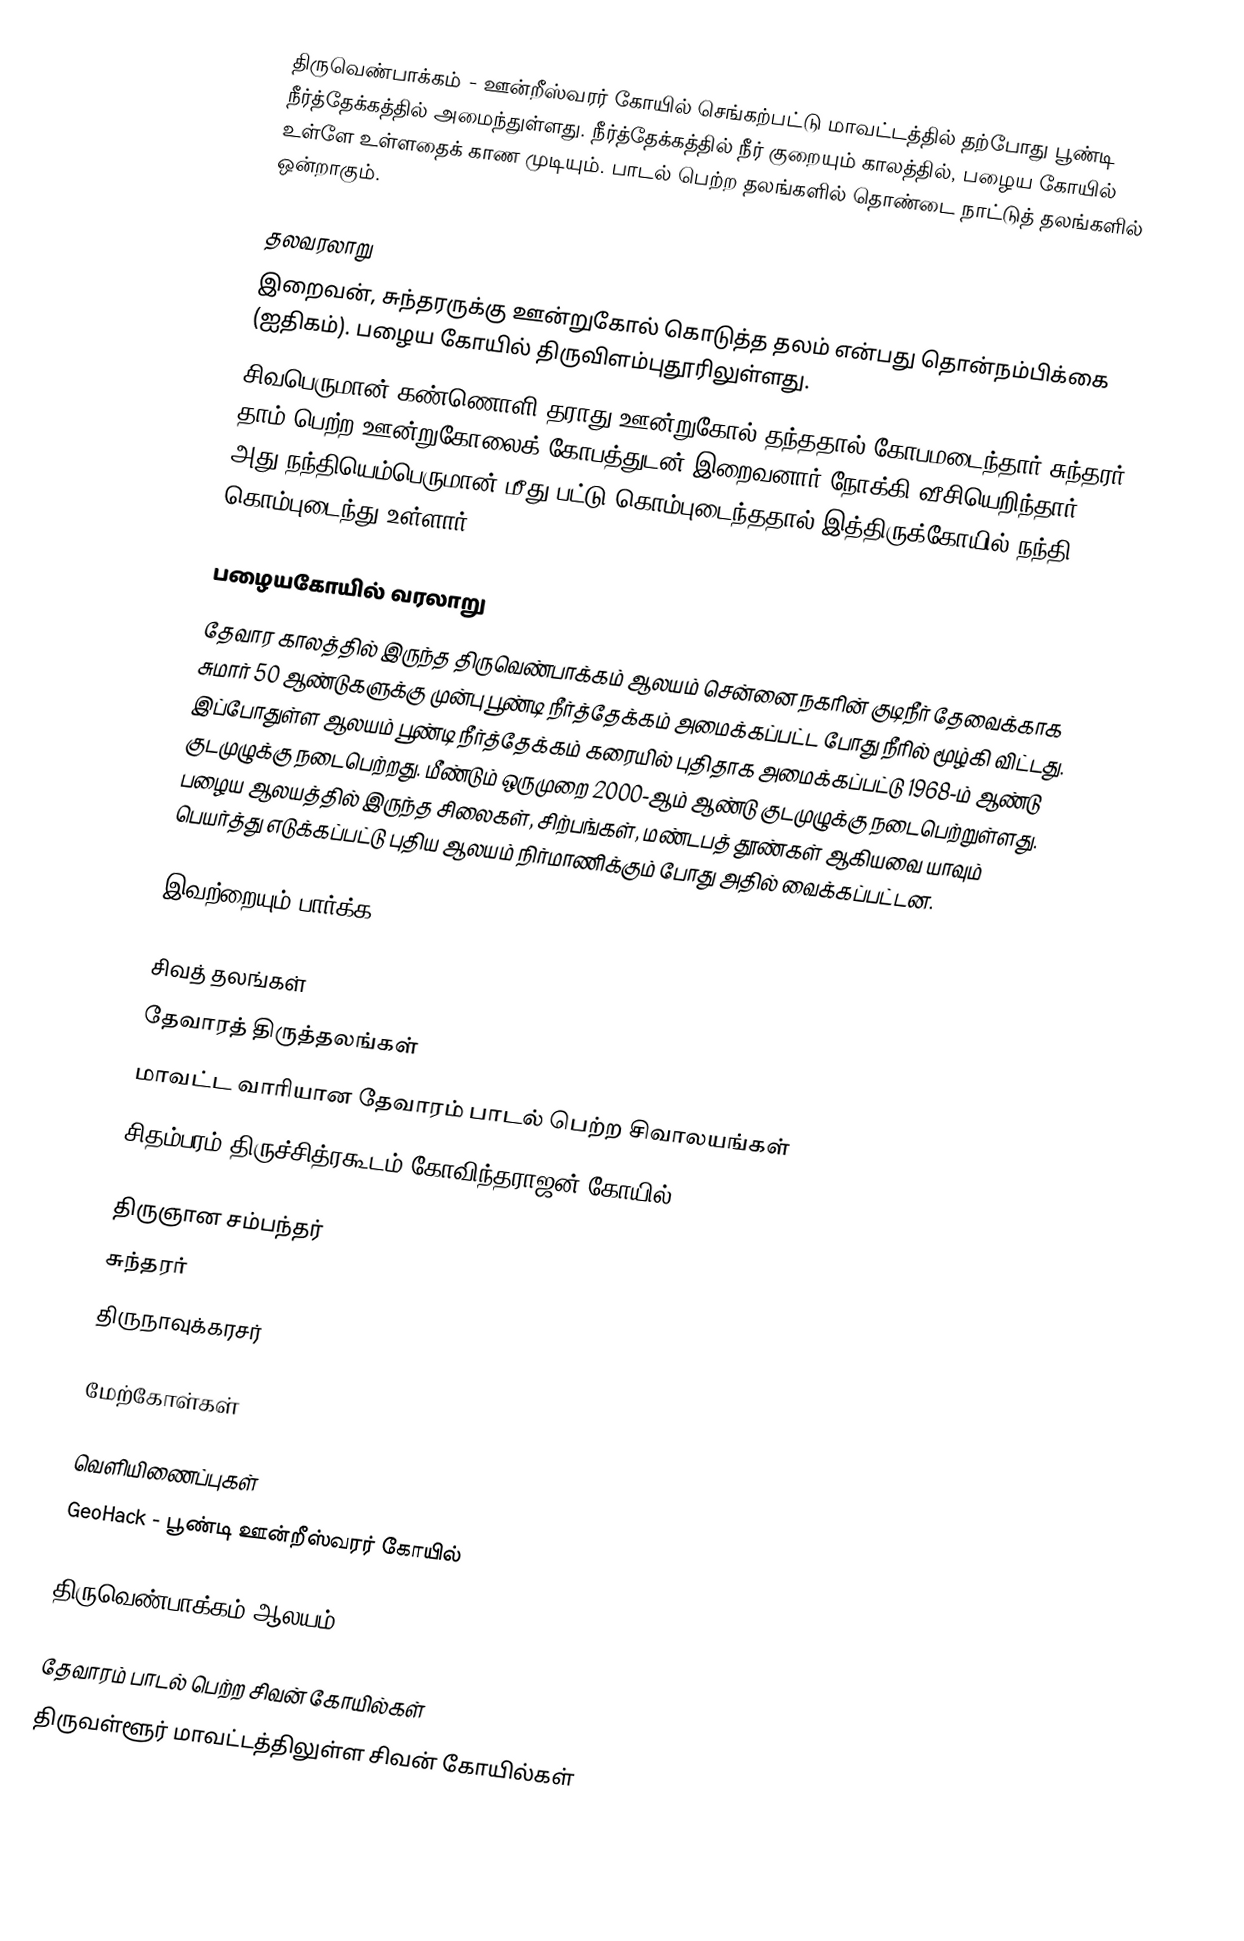
திருவெண்பாக்கம் - ஊன்றீஸ்வரர் கோயில் செங்கற்பட்டு மாவட்டத்தில் தற்போது பூண்டி நீர்த்தேக்கத்தில் அமைந்துள்ளது. நீர்த்தேக்கத்தில் நீர் குறையும் காலத்தில், பழைய கோயில் உள்ளே உள்ளதைக் காண முடியும். பாடல் பெற்ற தலங்களில் தொண்டை நாட்டுத் தலங்களில் ஒன்றாகும்.

தலவரலாறு
இறைவன், சுந்தரருக்கு ஊன்றுகோல் கொடுத்த தலம் என்பது தொன்நம்பிக்கை (ஐதிகம்). பழைய கோயில் திருவிளம்புதூரிலுள்ளது.
சிவபெருமான் கண்ணொளி தராது ஊன்றுகோல் தந்ததால் கோபமடைந்தார் சுந்தரர். தாம் பெற்ற ஊன்றுகோலைக் கோபத்துடன் இறைவனார் நோக்கி வீசியெறிந்தார். அது நந்தியெம்பெருமான் மீது பட்டு கொம்புடைந்ததால் இத்திருக்கோயில் நந்தி கொம்புடைந்து உள்ளார்.

பழையகோயில் வரலாறு
தேவார காலத்தில் இருந்த திருவெண்பாக்கம் ஆலயம் சென்னை நகரின் குடிநீர் தேவைக்காக சுமார் 50 ஆண்டுகளுக்கு முன்பு பூண்டி நீர்த்தேக்கம் அமைக்கப்பட்ட போது நீரில் மூழ்கி விட்டது. இப்போதுள்ள ஆலயம் பூண்டி நீர்த்தேக்கம் கரையில் புதிதாக அமைக்கப்பட்டு 1968-ம் ஆண்டு குடமுழுக்கு நடைபெற்றது. மீண்டும் ஒருமுறை 2000-ஆம் ஆண்டு குடமுழுக்கு நடைபெற்றுள்ளது. பழைய ஆலயத்தில் இருந்த சிலைகள், சிற்பங்கள், மண்டபத் தூண்கள் ஆகியவை யாவும் பெயர்த்து எடுக்கப்பட்டு புதிய ஆலயம் நிர்மாணிக்கும் போது அதில் வைக்கப்பட்டன.

இவற்றையும் பார்க்க

 சிவத் தலங்கள்
 தேவாரத் திருத்தலங்கள்
 மாவட்ட வாரியான தேவாரம் பாடல் பெற்ற சிவாலயங்கள்
 சிதம்பரம் திருச்சித்ரகூடம் கோவிந்தராஜன் கோயில்

 திருஞான சம்பந்தர்
 சுந்தரர்
 திருநாவுக்கரசர்

மேற்கோள்கள்

வெளியிணைப்புகள்
 GeoHack - பூண்டி ஊன்றீஸ்வரர் கோயில்

 திருவெண்பாக்கம் ஆலயம்

தேவாரம் பாடல் பெற்ற சிவன் கோயில்கள்
திருவள்ளூர் மாவட்டத்திலுள்ள சிவன் கோயில்கள்